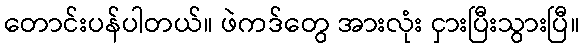
တောင်းပန်ပါတယ်။ ဖဲကဒ်တွေ အားလုံး ငှားပြီးသွားပြီ။